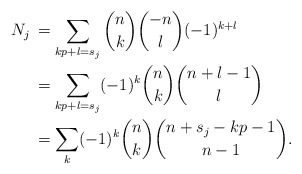
\begin{align*}N_j\,&=\sum_{kp+l=s_j}\binom nk\binom{-n}l(-1)^{k+l}\cr&=\sum_{kp+l=s_j}(-1)^k\binom nk\binom{n+l-1}l\cr&=\sum_k(-1)^k\binom nk\binom{n+s_j-kp-1}{n-1}.\end{align*}